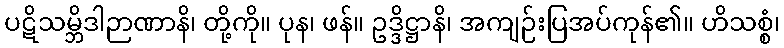
ပဋိသမ္ဘိဒါဉာဏာနိ၊ တို့ကို။ ပုန၊ ဖန်။ ဥဒ္ဒိဋ္ဌာနိ၊ အကျဉ်းပြအပ်ကုန်၏။ ဟိသစ္စံ၊